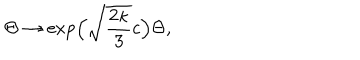
LaTeX: \Theta \to \exp \! \Big ( \sqrt { \frac { 2 \kappa } { 3 } } c \Big ) \Theta ,